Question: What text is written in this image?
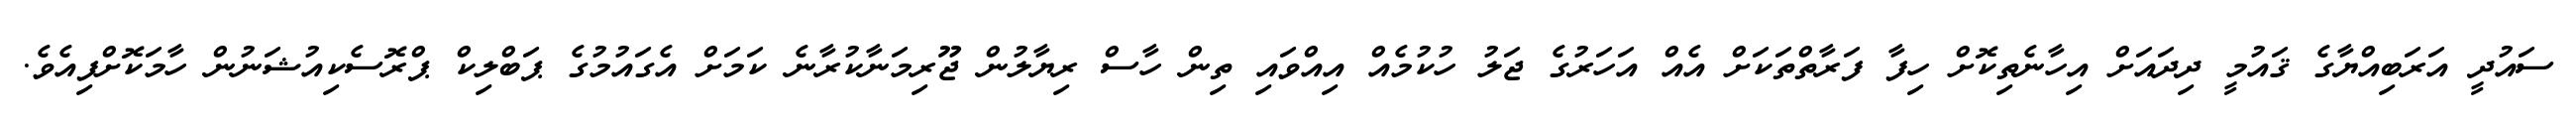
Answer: ސައުދީ އަރަބިއްޔާގެ ޤައުމީ ދިދައަށް އިހާނެތިކޮށް ހިފާ ފަރާތްތަކަށް އެއް އަހަރުގެ ޖަލު ހުކުމެއް އިއްވައި ތިން ހާސް ރިޔާލުން ޖޫރިމަނާކުރާނެ ކަމަށް އެގައުމުގެ ޕަބްލިކް ޕްރޮސެކިއުޝަނުން ހާމަކޮށްފިއެވެ.